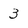
Character: 3